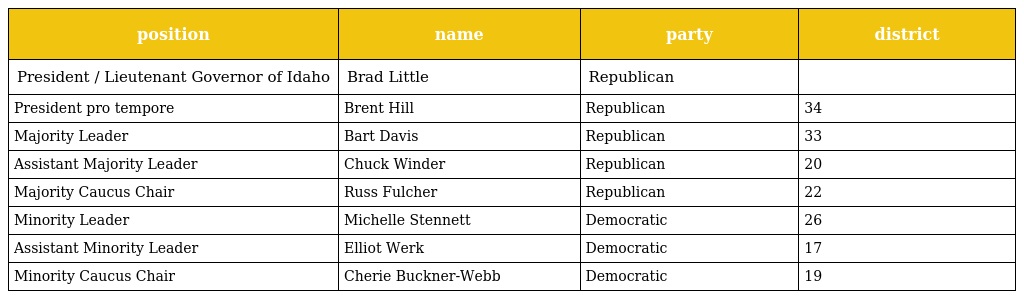
| position | name | party | district |
 | --- | --- | --- | --- |
 | President / Lieutenant Governor of Idaho | Brad Little | Republican |  |
 | President pro tempore | Brent Hill | Republican | 34 |
 | Majority Leader | Bart Davis | Republican | 33 |
 | Assistant Majority Leader | Chuck Winder | Republican | 20 |
 | Majority Caucus Chair | Russ Fulcher | Republican | 22 |
 | Minority Leader | Michelle Stennett | Democratic | 26 |
 | Assistant Minority Leader | Elliot Werk | Democratic | 17 |
 | Minority Caucus Chair | Cherie Buckner-Webb | Democratic | 19 |